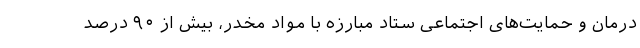
درمان و حمایت‌های اجتماعی ستاد مبارزه با مواد مخدر، بیش از ۹۰ درصد